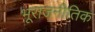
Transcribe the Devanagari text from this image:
भूराजनीतिक